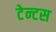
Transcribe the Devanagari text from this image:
टेन्टस